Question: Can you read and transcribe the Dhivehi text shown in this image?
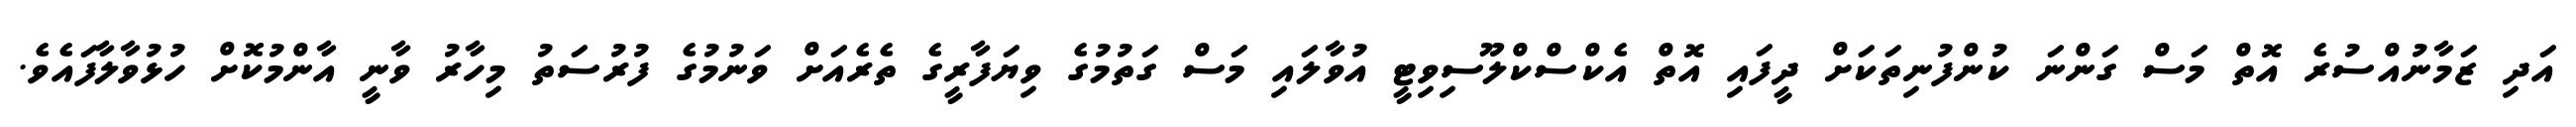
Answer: އަދި ޒަމާނުއްސުރެ އޮތް މަސް ގަންނަ ކުންފުނިތަކަށް ދީފައި އޮތް އެކްސްކްލޫސިވިޓީ އުވާލައި މަސް ގަތުމުގެ ވިޔަފާރީގެ ތެރެއަށް ވަނުމުގެ ފުރުސަތު މިހާރު ވާނީ އާންމުކޮށް ހުޅުވާލާފައެވެ.